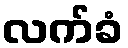
လက်ခံ